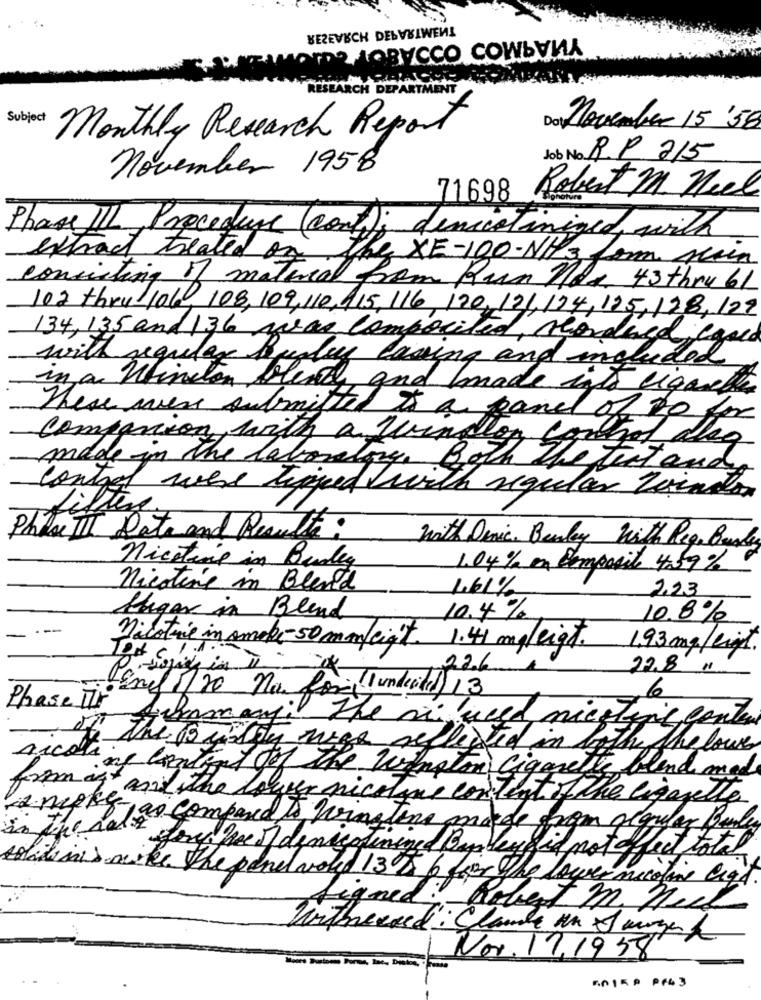
KEZEVECH DELVEIWEN!
The LOByCCO COWbVNA
Subject
Monthly Research Report
November 15'56
Job No. R.P. 215
november 1958
71698
Robert M. Neel
Phase III Procedure (cont); denicotiniged, with
what treated on the XE-100-NH3 form mein
consisting of material from Run Mes 43thrubl
102 thru 106, 108, 109,110,415,116, 120, 121,194, 135, 128, 129
134, 135 and 136 was composited, thordied caped
with regular Barley lassing and included
in a winston blend and made into eignetles
These were submitted to a panel of to for
companion with a jungle
Somagol dag
made in the laboratory. Both The that and
control were tighed with regular tointon
Lifter.
Phase II Date and Results:
with Denic. Bendey With Rege Bundy
niceting in Budey
1.04% en composite 4.59% d
nicotine in Blend
1.61%
2.23
Alugar in Blend
10.4%
10.8%
Nicotine in smoke-50 mm/eight. 1.41 mg/eigt.
1.93mg/ligt.
226
22.8 "
Exif 120 na Roma ( undecided) 13
Phase Mit
6
Summary: The mi used nichtinc contain
of the Busty was reflected in
The lowe
Arcousine content of the Wingtom Cigarette blend made
from an+ and the lower nicotine content of the cigarette
is nefly , as compared to winstone made from glomer bude
in the sett for fre of denicotinined By les id not afect toto
solutions make the panel wold 13 5 6 for The lower nicotine liga.
Signed: Robert M. Hell
Vorthecard: Chaude un moyen
Nov. 17.1958
5015P PF43